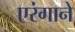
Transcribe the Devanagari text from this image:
एरंगाने